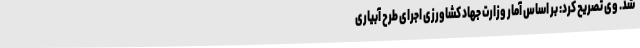
شد. وی تصریح کرد: بر اساس آمار وزارت جهاد کشاورزی اجرای طرح آبیاری